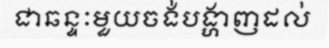
ជាឆន្ទៈមួយចង់បង្ហាញដល់